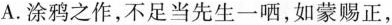
A.涂鸦之作，不足当先生一哂，如蒙赐正，